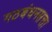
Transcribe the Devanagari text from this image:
गठबंधनसत्ता